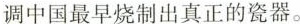
调中国最早烧制出真正的瓷器。